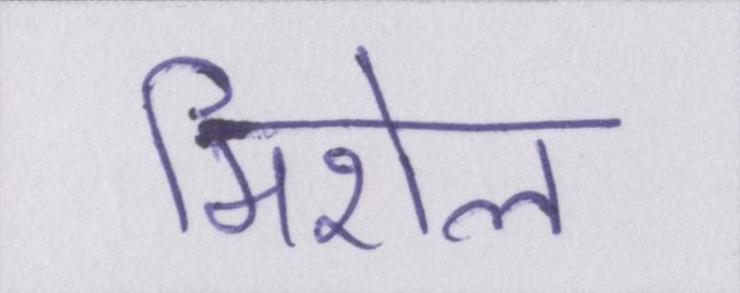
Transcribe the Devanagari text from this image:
मिशेल